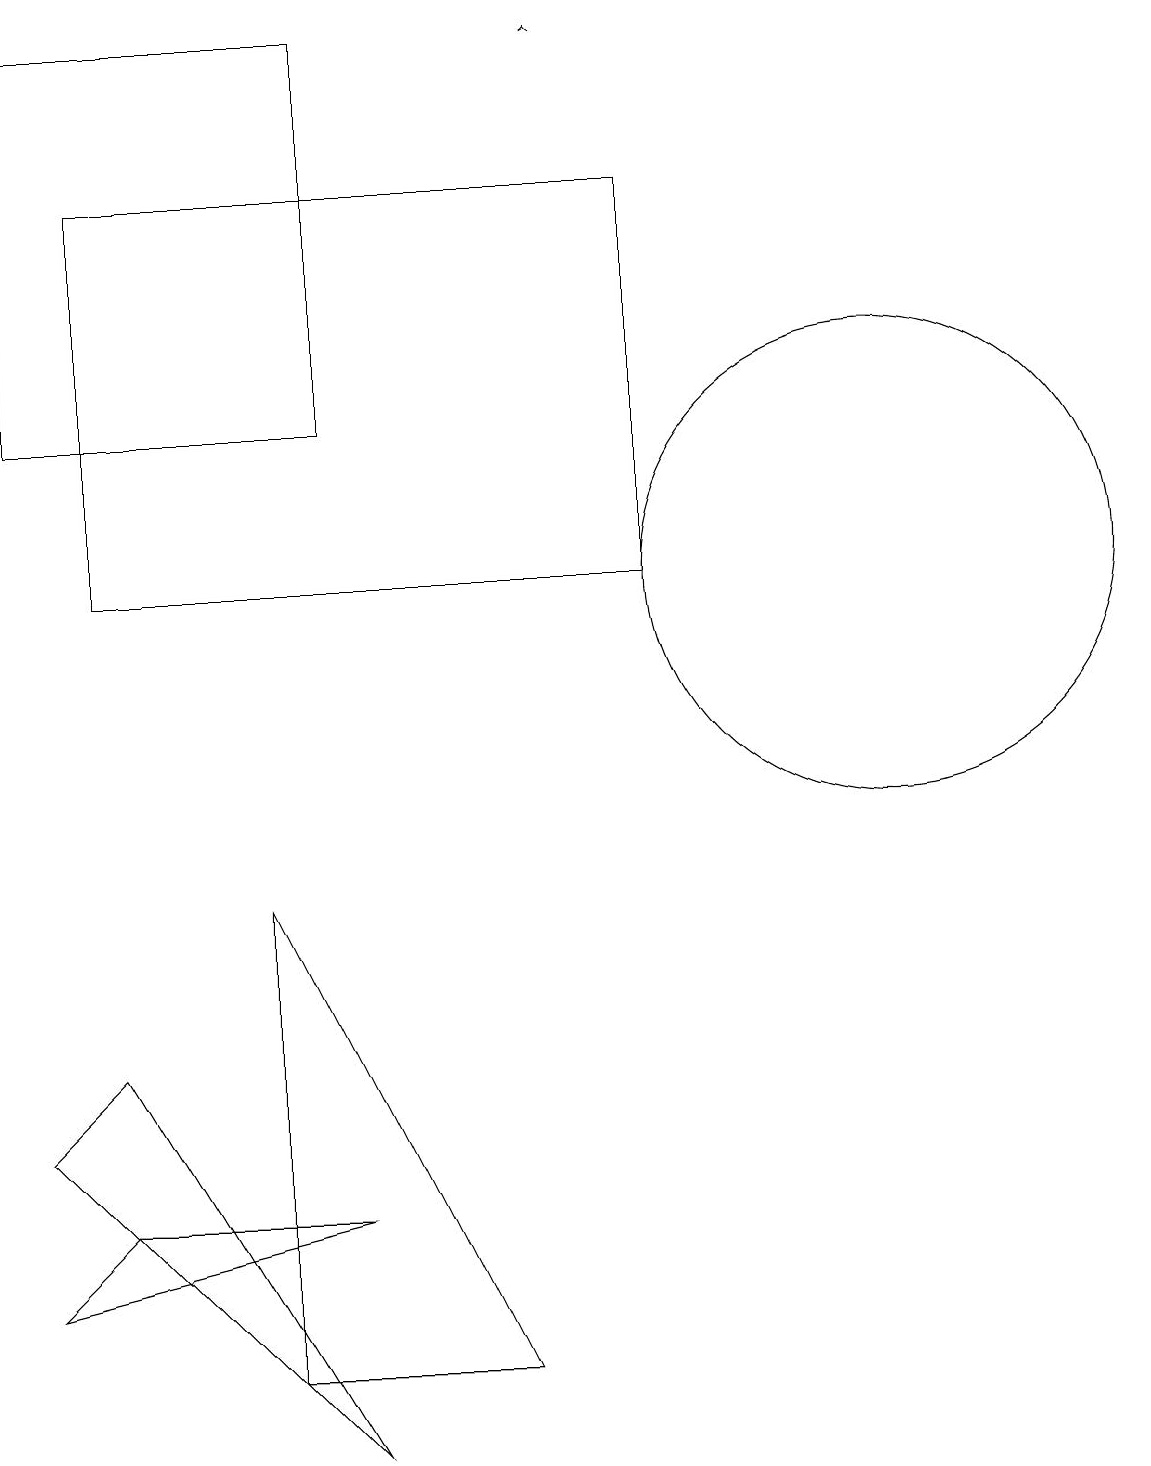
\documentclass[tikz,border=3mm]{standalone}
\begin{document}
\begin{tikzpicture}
\draw (7,1) -- (4,7) -- (4,1) -- cycle;
\draw (1,13) rectangle (5,18);
\draw (2,5) -- (1,4) -- (5,0) -- cycle;
\draw[->] (8,18) -- (8,18);
\draw (2,3) -- (1,2) -- (5,3) -- cycle;
\draw (9,11) rectangle (2,16);
\draw (12,11) circle (3);
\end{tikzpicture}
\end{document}